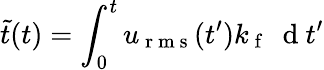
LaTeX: \tilde{t}(t)=\int_{0}^{t}u_{\mathrm{~r~m~s~}}(t^{\prime})k_{\mathrm{~f~}}\ \mathrm{~d~}t^{\prime}